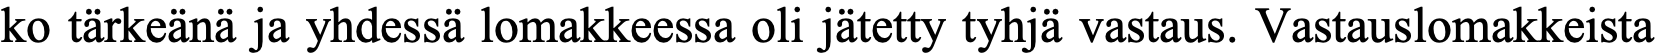
ko tärkeänä ja yhdessä lomakkeessa oli jätetty tyhjä vastaus. Vastauslomakkeista